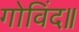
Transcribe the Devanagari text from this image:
गोविंद॥